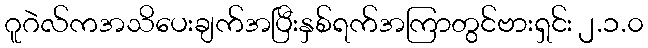
ဂူဂဲလ်ကအသိပေးချက်အပြီးနှစ်ရက်အကြာတွင်ဗားရှင်း ၂.၁.၀